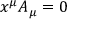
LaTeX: x ^ { \mu } A _ { \mu } = 0